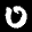
Label: 0